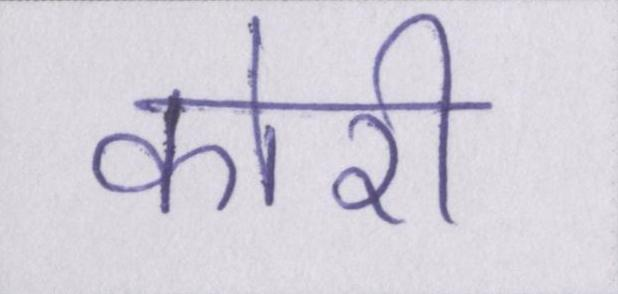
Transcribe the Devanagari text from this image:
कोरी